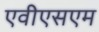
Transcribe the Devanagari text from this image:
एवीएसएम